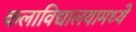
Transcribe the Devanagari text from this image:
कलाविद्यालयामध्ये